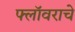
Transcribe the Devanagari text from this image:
फ्लॉवराचे